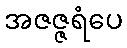
အဇဇ္ဇရံပေ